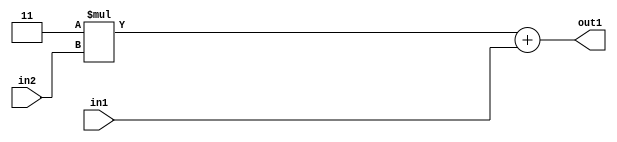
`timescale 1ps / 1ps
/*****************************************************************************
    Verilog RTL Description
    
    
    Created by: Stratus DpOpt 2019.1.01 
*******************************************************************************/

module GaussFilter_Add2u2Mul2i3u2_4 (
	in2,
	in1,
	out1
	); /* architecture "behavioural" */ 
input [1:0] in2,
	in1;
output [3:0] out1;
wire [3:0] asc001;

wire [3:0] asc001_tmp_0;
assign asc001_tmp_0 = 
	+(4'B0011 * in2);
assign asc001 = asc001_tmp_0
	+(in1);

assign out1 = asc001;
endmodule

/* CADENCE  ubfxSwg= : u9/ySgnWtBlWxVPRXgAZ4Og= ** DO NOT EDIT THIS LINE ******/